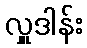
လှူဒါန်း